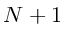
N + 1